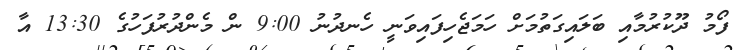
ފޯމު ދޫކުރުމާއި ބަލައިގަތުމަށް ހަމަޖެހިފައިވަނީ ހެނދުނު 9:00 ން މެންދުރުފަހުގެ 13:30 އާ